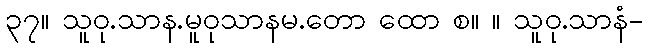
၃၇။ သူဝု.သာန.မူဝုသာနမ.တော ထော စ။ ။ သူဝု.သာနံ-